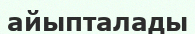
айыпталады